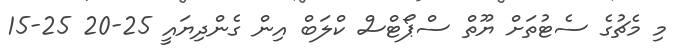
މި މެޗުގެ ސެޓުތަށް ޔޫތް ސްޕޯޓްސް ކްލަބް އިން ގެންދިޔައީ 25-20 25-15